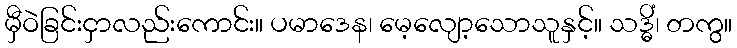
မှီဝဲခြင်းငှာလည်းကောင်း။ ပမာဒေန၊ မေ့လျော့သောသူနှင့်။ သဒ္ဓိံ၊ တကွ။